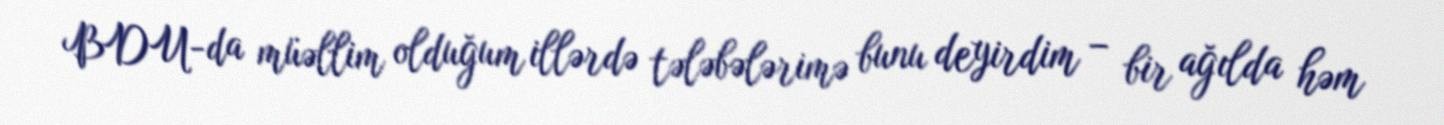
BDU-da müəllim olduğum illərdə tələbələrimə bunu deyirdim – bir ağılda həm